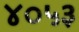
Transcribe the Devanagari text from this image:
४०५३